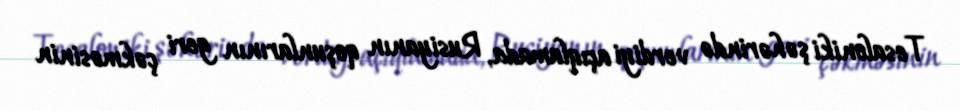
Tesaloniki şəhərində verdiyi açıqlamada, Rusiyanın qoşunlarının geri çəkməsinin